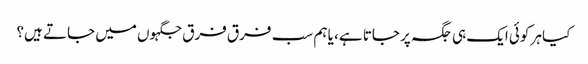
کیا ہر کوئی ایک ہی جگہ پر جاتا ہے، یا ہم سب فرق فرق جگہوں میں جاتے ہیں؟